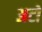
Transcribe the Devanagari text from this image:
अटो